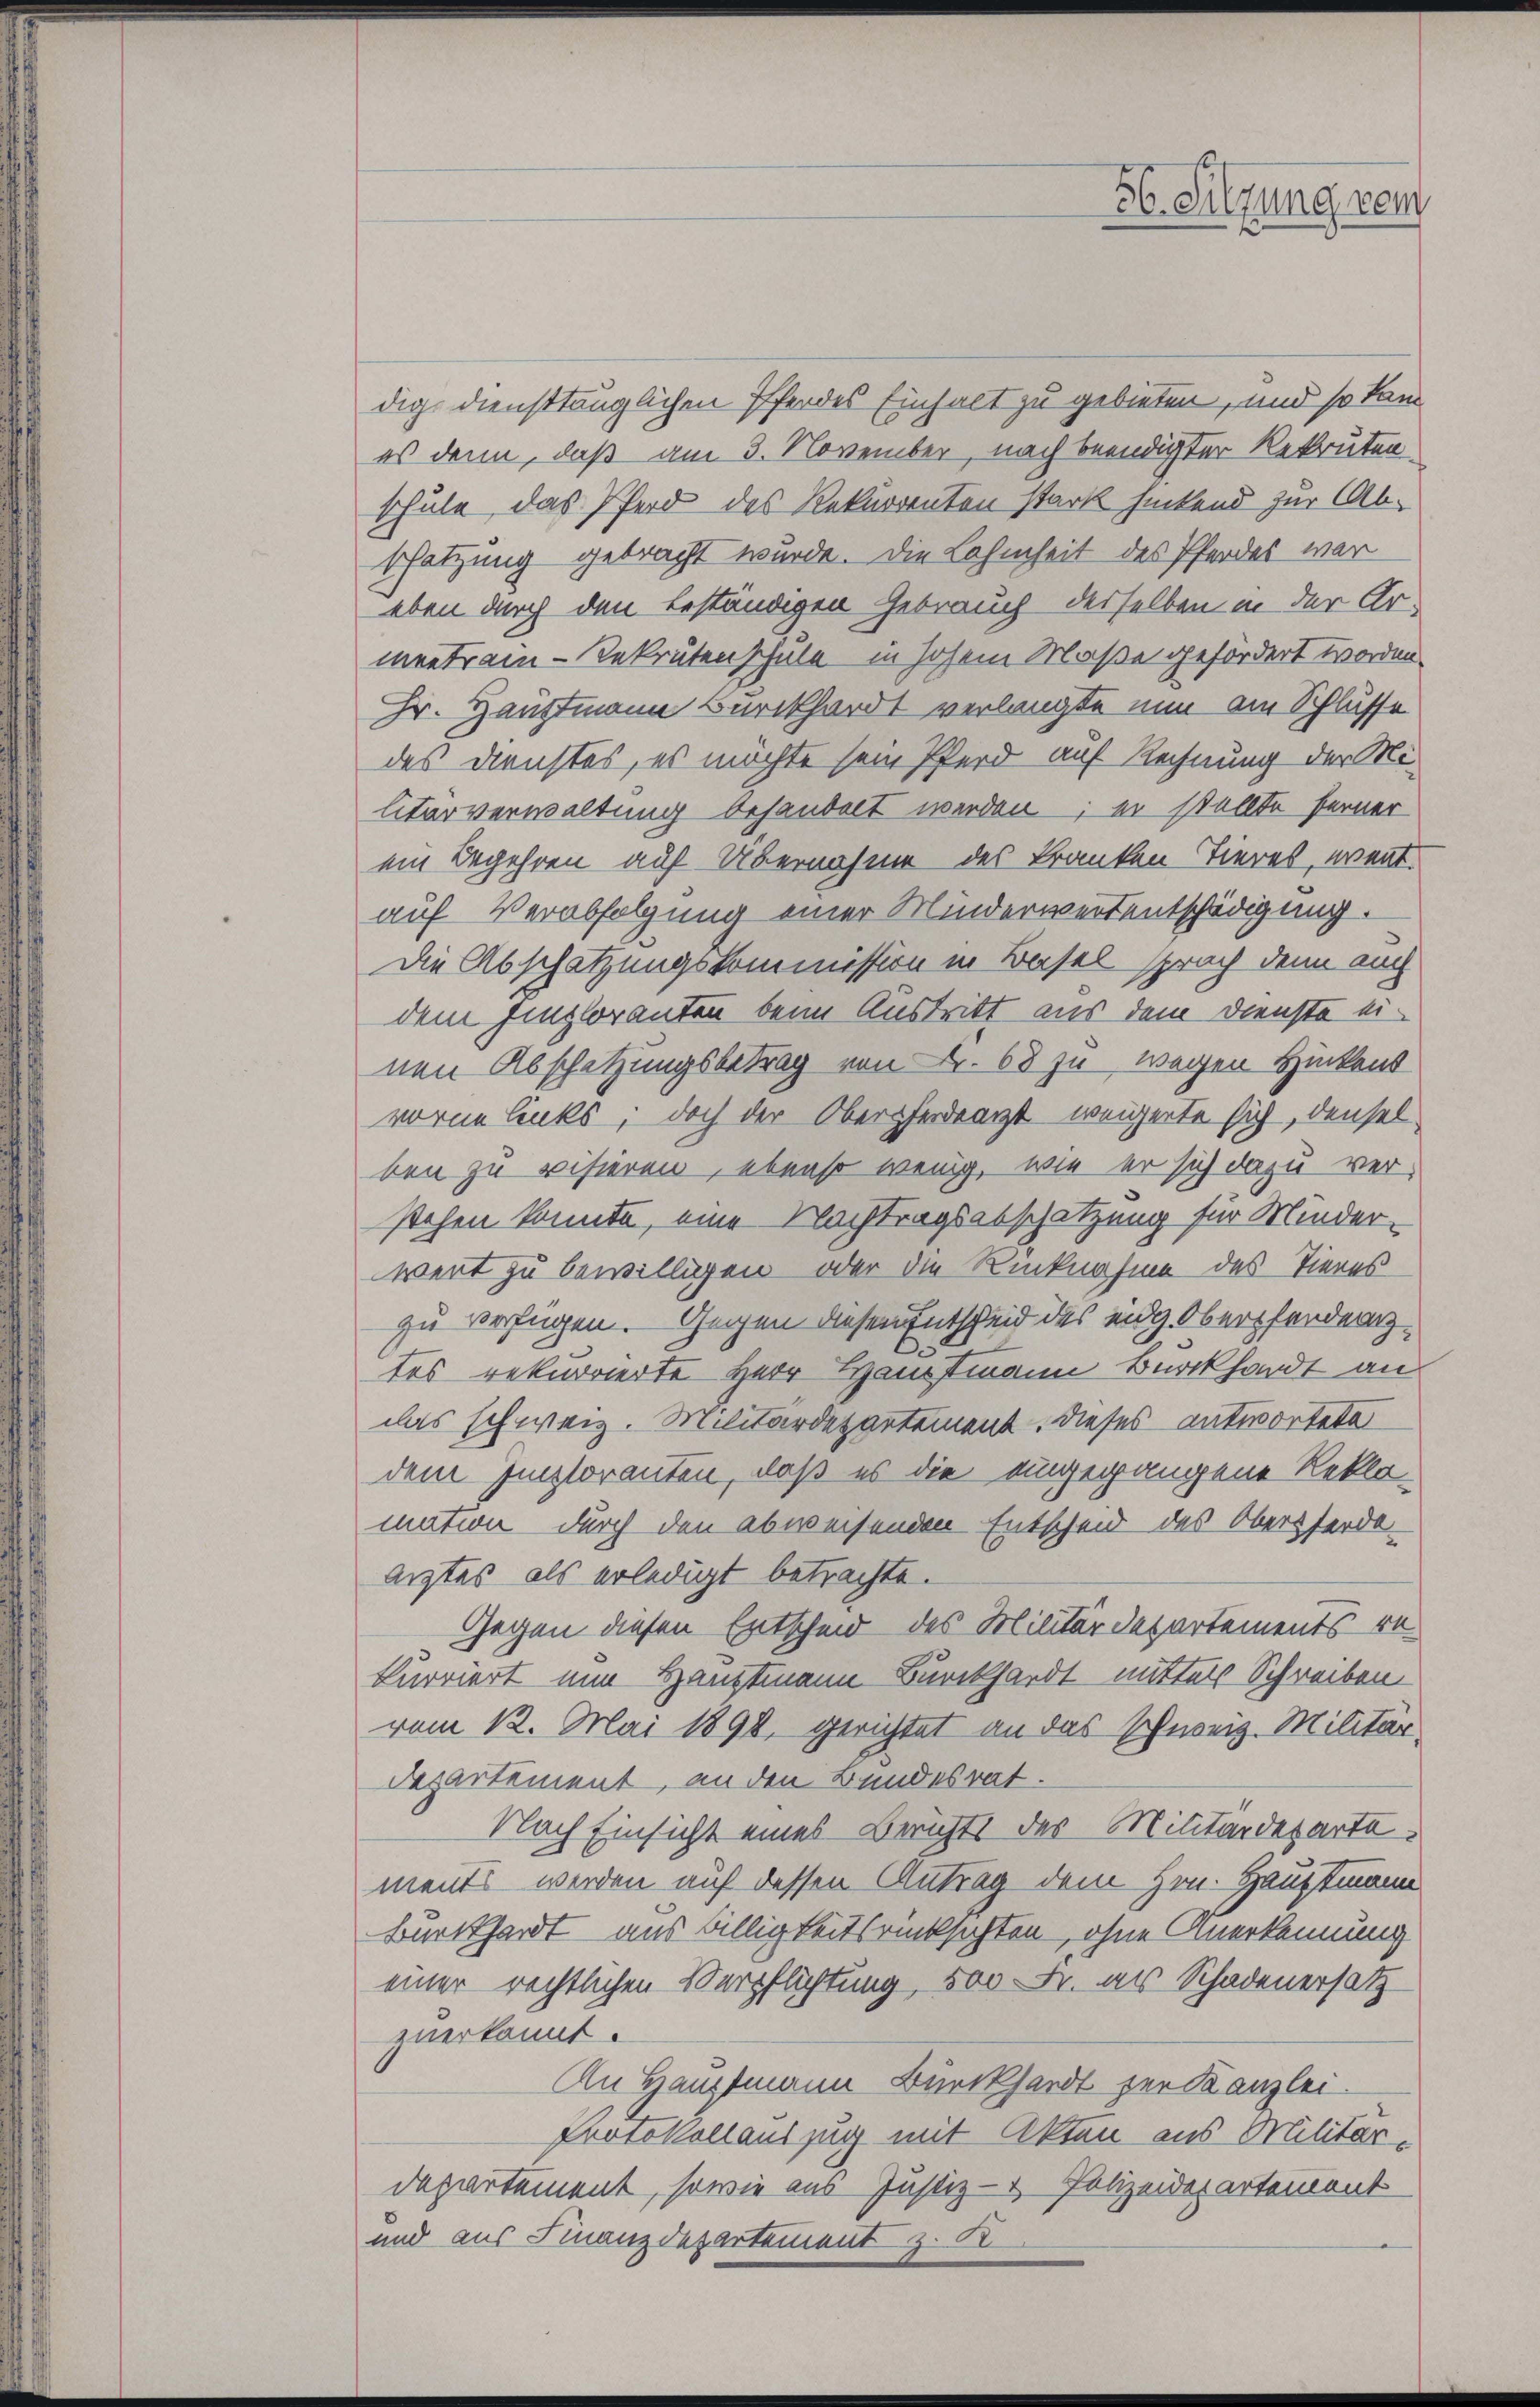
dig diensttänglichen Pferdes Einhalt zu gebieten, und so kam
es denn, daß am 3. November, nach beendigter Rekruten
schule, das Pferd des Rekurrenten stark hintend zur Abschätzung gebracht wurde. Die Lohnheit des Pferdes war
eben durch den beständigen Gebrauch desselben in der Ar-
mentrain-Rekrutenschule in hohen Maße gefördert worden.
Hr. Hauptmann Burckhardt verlangte nun am Schlüsse
des Dienstes, es möchte sein Pferd auf Rechnung der Militärverwaltung behandelt werden; er stellte ferner
ein Begehren auf Übernahme des Kranken-Tieres, went.
auf Verabfolgung einer Minderwertentschädigung.
Die Abschatzungskommission in Basel sprach denn auch
dem Einzloranten beim Austritt aus dem Dienste einen Abschatzungsbetrag von Fr. 68 zu wegen Hinkent
vorne links, doch der Oberpferdearzt weigerte sich, denselben zu visieren, ebenso wenig, wie er sich dazu ver-
stehen konnte, eine Nachtragsabschätzung für Minder-
wert zu bewilligen oder die Rücknahme des Tieres
zu verfügen. Gegen diesen Entscheid des eidg. Oberfendenz
tes rekurrierte Herr Hausmann Burckhardt an
das schweiz. Militärdepartement. Dieses antwortete
dem Imploranten, daß es die eingegangene Reklamation durch den abweisenden Entscheid des Obersferde-
arztes als erledigt betrachte.
Gegen diesen Entscheid des Militärdepartements rekurriert nun Hauptmann Burckhardt mitters Schreiben
vom 12. Mai 1890, gerichtet an das schweiz. Militär¬
Departement, an den Bundesrat.
Nach Einsicht eines Berichts des Militärdeparte
ments werden auf dessen Antrag dem Hrn. Hauptmann
Burckhardt aus Billigkeitsrücksichten, ohne Anerkennung
einer rechtlichen Verpflichtung, 500 Fr. als Schadenersatz
zuerkannt.
An Hauptmann Burckhardt zur Kanzlei-
Protokollauszug mit Akten aus Militär-
departement, sowie aus Justiz- & Polizeidepartement
und aus Finanzdepartement z. K.

56. Sitzung rei